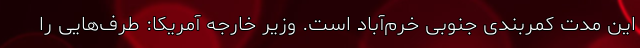
این مدت کمربندی جنوبی خرم‌آباد است. وزیر خارجه آمریکا: طرف‌هایی را